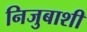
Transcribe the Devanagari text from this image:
निजुबाशी